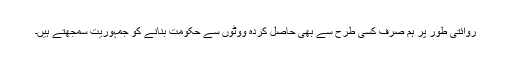
روائتی طور پر ہم صرف کسی طرح سے بھی حاصل کردہ ووٹوں سے حکومت بنانے کو جمہوریت سمجھتے ہیں۔